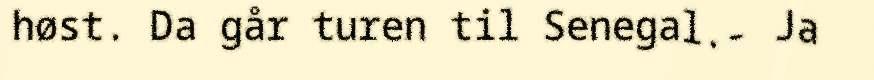
høst. Da går turen til Senegal.- Ja